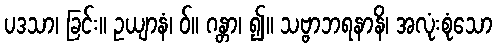
ပဒသာ၊ ခြင်း။ ဥယျာနံ၊ ဝ်။ ဂန္တာ၊ ၍။ သဗ္ဗာဘရနာနိ၊ အလုံးစုံသော